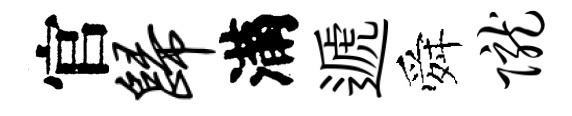
官归滿遞舜陇